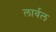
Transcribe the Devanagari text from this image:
लार्वल